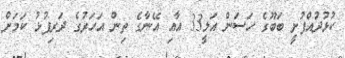
ކުޅުދުއްފުށީ ބަބޫގެ ހަސަން އަލީ33 އާއި އޭނާގެ ތިން އަހަރުގެ ދަރިފުޅު ކަމަށް